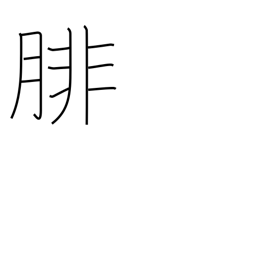
Meaning: calf (of leg)